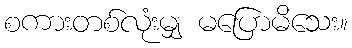
စကားတစ်လုံးမျှ မပြောမိသေး။